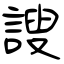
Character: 謏